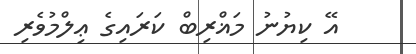
އޭ ކިޔުނު މަޣްރިބް ކަރައިގެ ޢިލްމުވެރި